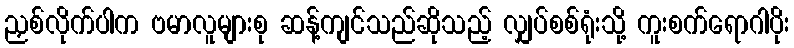
ညှစ်လိုက်ပါက ဗမာလူများစု ဆန့်ကျင်သည်ဆိုသည့် လျှပ်စစ်ရုံးသို့ ကူးစက်ရောဂါပိုး